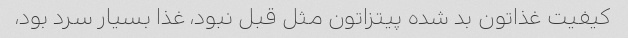
کیفیت غذاتون بد شده پیتزاتون مثل قبل نبود، غذا بسیار سرد بود،